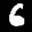
Label: 6